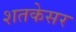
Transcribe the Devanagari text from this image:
शतकेसर